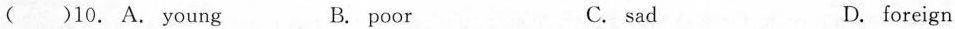
( )10. A. young B. poor C. sad D. foreign